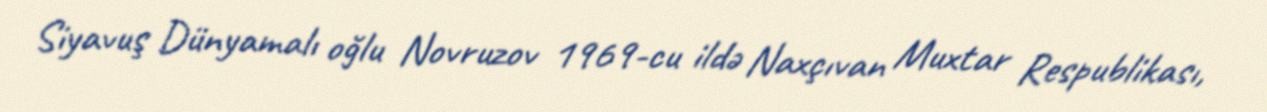
Siyavuş Dünyamalı oğlu Novruzov 1969-cu ildə Naxçıvan Muxtar Respublikası,